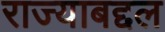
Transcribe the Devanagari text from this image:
राज्याबद्दल